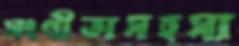
সংগীতাসহসা